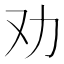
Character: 劝